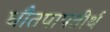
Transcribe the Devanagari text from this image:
धौतपापतीर्थ